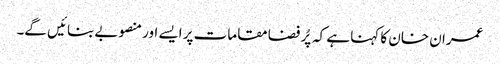
عمران خان کا کہنا ہے کہ پُر فضا مقامات پر ایسے اور منصوبے بنائیں گے۔